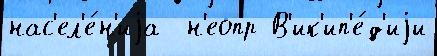
нас'ел'е́н'иjа  н'еопр В'ик'ип'е́д'иjи